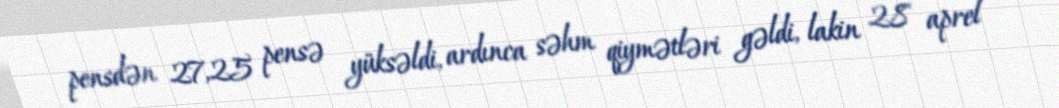
pensdən 27,25 pensə yüksəldi, ardınca səhm qiymətləri gəldi, lakin 28 aprel